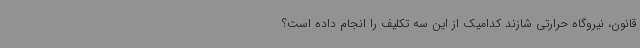
قانون، نیروگاه حرارتی شازند کدامیک از این سه تکلیف را انجام داده است؟